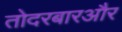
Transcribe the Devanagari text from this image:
तोदरबारऔर